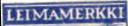
LEIMAMERKKI